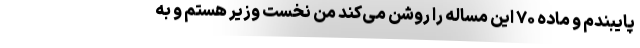
پایبندم و ماده ۷۰ این مساله را روشن می‌کند من نخست وزیر هستم و به